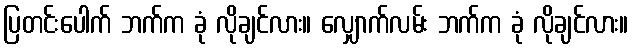
ပြတင်းပေါက် ဘက်က ခုံ လိုချင်လား။ လျှောက်လမ်း ဘက်က ခုံ လိုချင်လား။